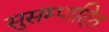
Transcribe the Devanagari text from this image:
सुसम्पादित